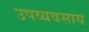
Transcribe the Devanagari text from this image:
उपव्यवसाय